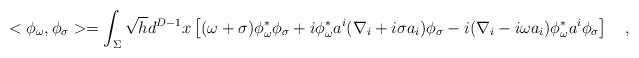
\begin{align*}<\phi_\omega,\phi_\sigma>=\int_{\Sigma}\sqrt{h}d^{D-1}x\left[(\omega+\sigma)\phi^{*}_\omega \phi_{\sigma}+i\phi^{*}_\omega a^i(\nabla_i+i\sigma a_i)\phi_\sigma-i(\nabla_i-i\omega a_i)\phi^{*}_\omega a^i\phi_\sigma \right]~~~,\end{align*}